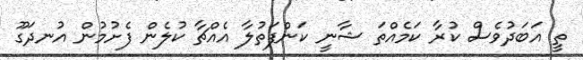
ތީ އަބަދުވެސް ކުރާ ކަމެއްތަ ޝާނީ ކަންފަތުލާ އެއްޗާ ކުލެން ފެށުމުން އުނދަގޫ